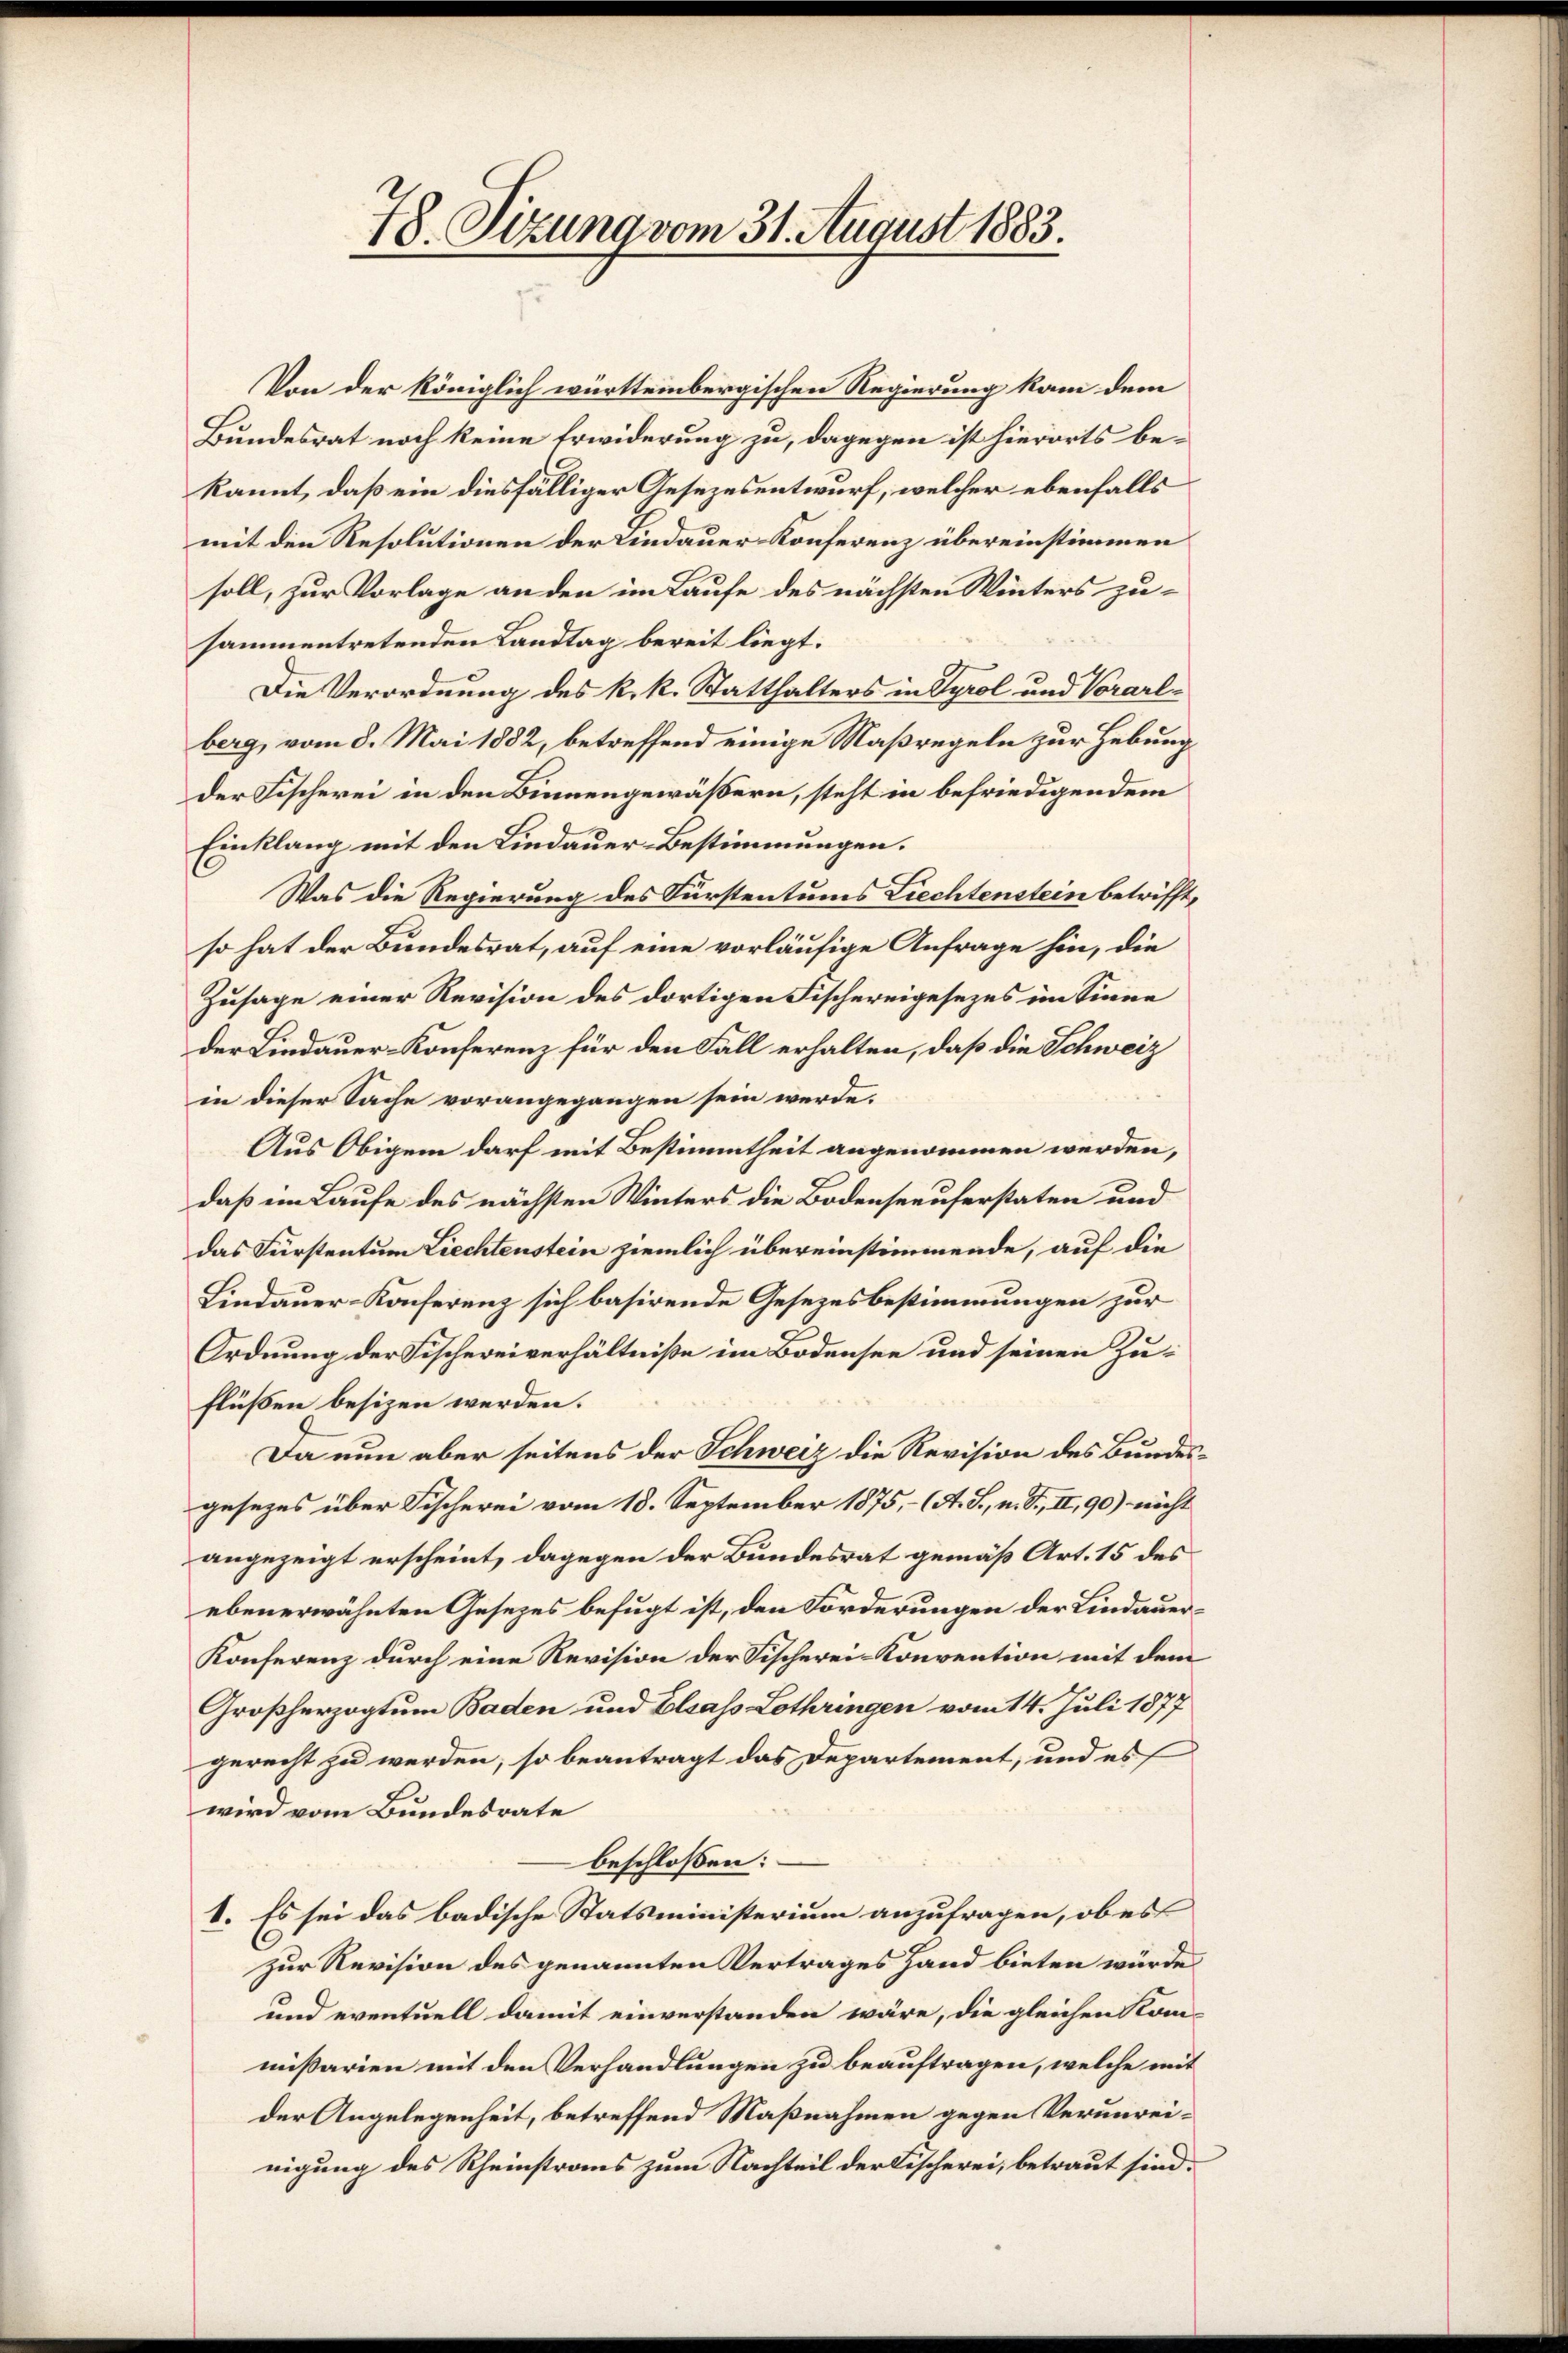
78. Sizung vom 31. August 1883.

Von der königlich württembergischen Regierung kam dem
Bundesrat noch keine Erwiderung zu, dagegen ist hierorts bekannt, daß ein diesfälliger Gesezesentwurf, welcher ebenfalls
mit den Resolutionen der Lindauer Konferenz übereinstimmen
soll, zur Vorlage an den im Laufe des nächsten Winters zusammentretenden Landtag bereit liegt.
Die Verordnung des k. k. Statthalters in Tyrol und Vorarlberg, vom 8. Mai 1882, betreffend einige Naßregeln zur Hebung
der Fischerei in den Binnengewäßern, steht in befriedigendem
Einklang mit den Lindauer-Bestimmungen.
Was die Regierung des Fürstentums Liechtenstein betrifft,
so hat der Bundesrat, auf eine vorläufige Anfrage hin, die
Zusage einer Revision des dortigen Fischereigesezes im Sinne
der Lindauer-Konferenz für den Fall erhalten, daß die Schweiz
in dieser Sache vorangegangen sein werde.
Aus Obigem darf mit Bestimmtheit angenommen werden,
daß im Laufe des nächsten Winters die Bodenseeuferstaten und
das Fürstentum Liechtenstein ziemlich übereinstimmende, auf die
Lindauer-Konferenz sich basirende Gesetzesbestimmungen zur
Ordnung der Fischereiverhältniße im Bodensee und seinen Zuflüßen besizen werden.
Da nun aber seitens der Schweiz die Revision des Bundesgesezes über Fischerei vom 18. September 1875, - (A. S., n. F., II, 90) nicht
angezeigt erscheint, dagegen der Bundesrat gemäß Art. 15 des
ebenerwähnten Gesetzes befugt ist, den Forderungen der Lindauer¬
Konferenz durch eine Revision der Fischerei-Konvention mit dem
Großherzogtum Baden und Elsass Lothringen vom 14. Juli 1877
gerecht zu werden, so beantragt das Departement, und es
wird vom Bundesrate
beschlossen:
I. Es sei das badische Statsministerium anzufragen, ob es
zur Revision des genannten Vertrages Hand bieten würde
und eventuell damit einverstanden wäre, die gleichen Kom-
mißarien mit den Verhandlungen zu beauftragen, welche mit
der Angelegenheit, betreffend Maßnahmen gegen Verunreinigung des Rheinstraus zum Nachteil der Fischerei, betraut sind.